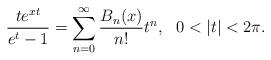
LaTeX: \begin{align*}\frac{te^{xt}}{e^t-1}=\sum_{n=0}^{\infty}\frac{B_n(x)}{n!}t^n,\,\,\,\, 0<|t|<2\pi.\end{align*}